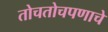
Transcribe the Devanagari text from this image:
तोचतोचपणाचे